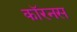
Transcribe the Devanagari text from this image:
कॉरनस